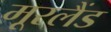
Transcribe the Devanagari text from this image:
मूरलैंड